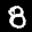
Label: 8